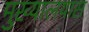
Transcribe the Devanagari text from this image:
मुख्यालयास